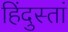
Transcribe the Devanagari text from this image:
हिंदुस्तां